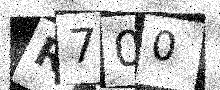
Text: R700